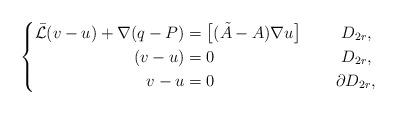
LaTeX: \begin{align*}\left\{\begin{aligned}\bar{\mathcal{L}}(v-u) + \nabla (q-P) & = \big[(\tilde{A}-A)\nabla u\big]&\quad& ~~D_{2r},\\(v-u) & = 0 &\quad& ~~D_{2r},\\ v- u &= 0 &\quad& ~\partial D_{2r},\end{aligned}\right.\end{align*}